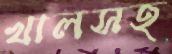
খালসহ